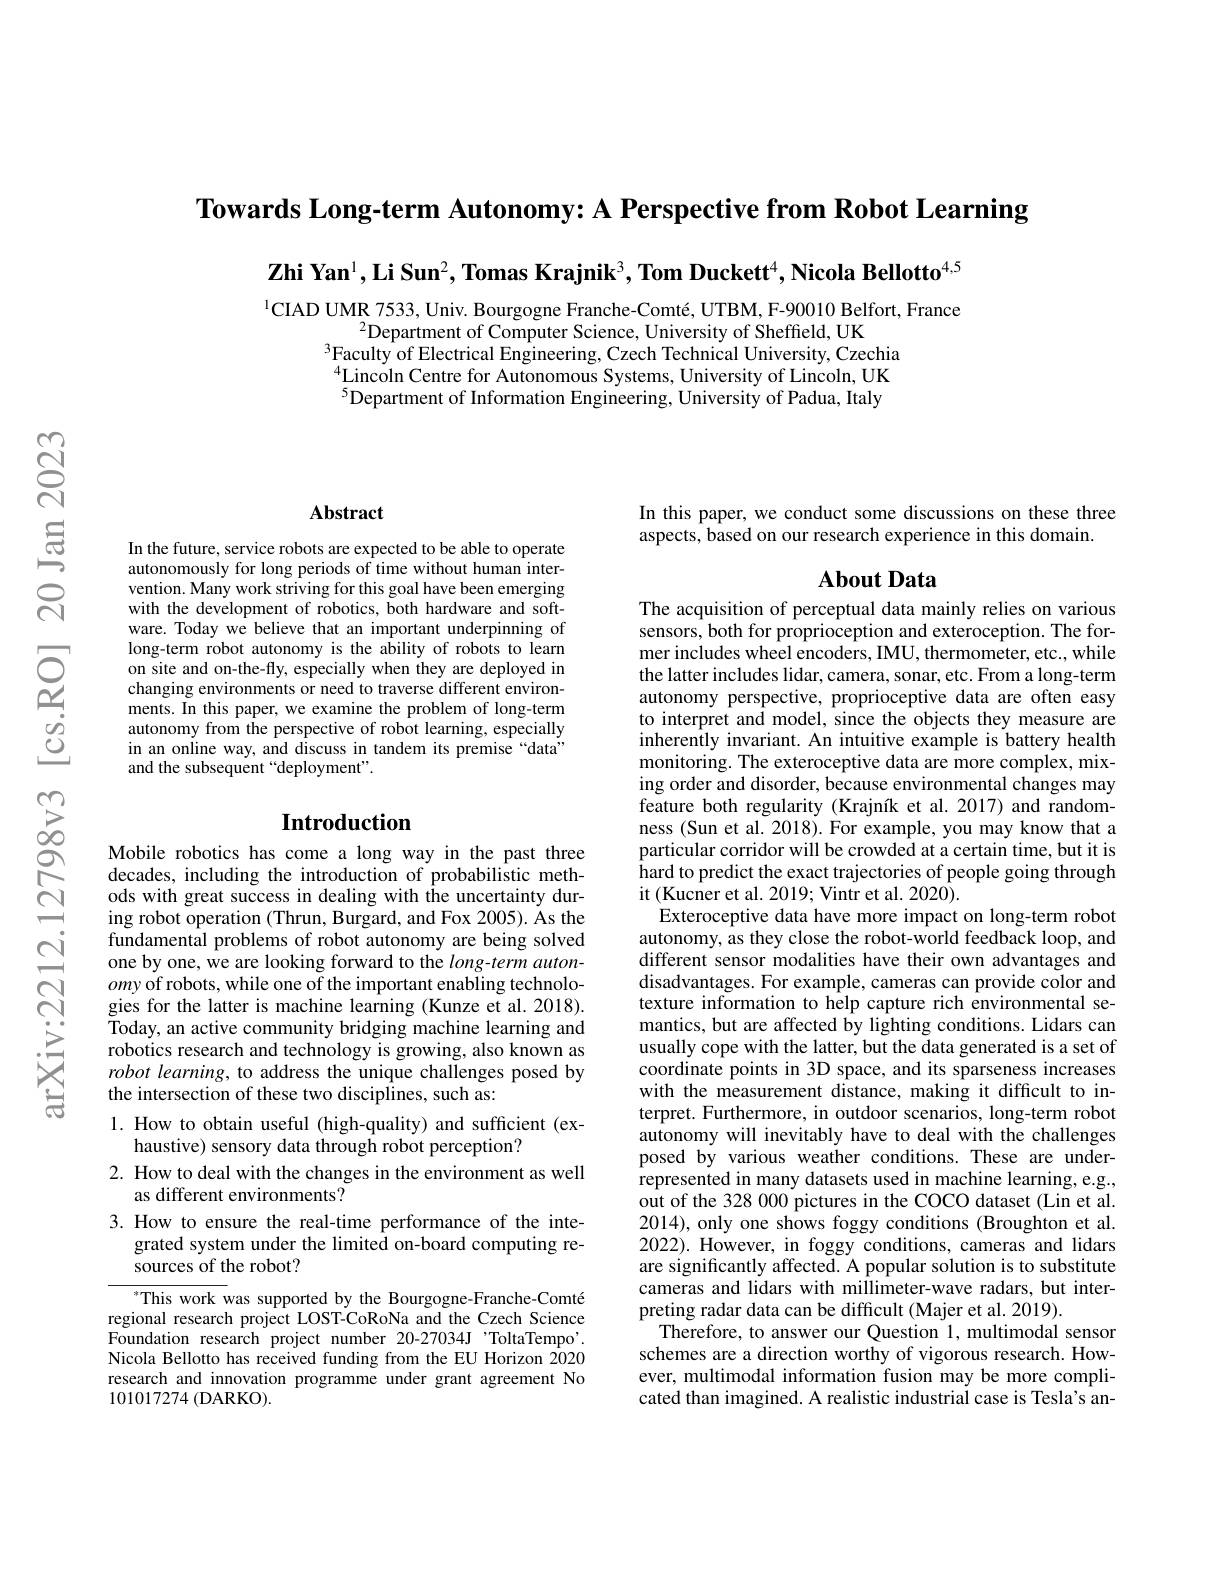
$\textbf{Towards Long- term Autonomy: A Perspective from Robot Learning}$

Zhi Yan$^1$,Li Sun$^2,\textbf{Tomas Krajnik}^3,\textbf{Tom Duckett}^4,\textbf{Nicola Bellotto}^{4,5}$

$^{1}$CIAD UMR 7533, Univ. Bourgogne Franche-Comté, UTBM, F-90010 Belfort, France
$^{2}$Department of Computer Science, University of Sheffeld, UK
$^{3}$Faculty of Electrical Engineering, Czech Technical University, Czechia $^{4}$Lincoln Centre for Autonomous Systems, University of Lincoln, UK $^{5}$Department of Information Engineering, University of Padua, Italy

### $\mathbf{Abstract}$

In the future, service robots are expected to be able to operate autonomously for long periods of time without human intervention. Many work striving for this goal have been emerging with the development of robotics, both hardware and software. Today we believe that an important underpinning of long-term robot autonomy is the ability of robots to learn on site and on-the-fly, especially when they are deployed in changing environments or need to traverse different environments. In this paper, we examine the problem of long-term autonomy from the perspective of robot learning, especially in an online way, and discuss in tandem its premise “data” and the subsequent “deployment".

## Introduction

Mobile robotics has come a long way in the past three decades, including the introduction of probabilistic methods with great success in dealing with the uncertainty during robot operation (Thrun, Burgard, and Fox 2005). As the fundamental problems of robot autonomy are being solved one by one, we are looking forward to the $long-term$ autonomy of robots, while one of the important enabling technologies for the latter is machine learning (Kunze et al. 2018). Today, an active community bridging machine learning and robotics research and technology is growing, also known as robot learning, to address the unique challenges posed by the intersection of these two disciplines, such as:

### 1. How to obtain useful (high-quality) and sufficient (exhaustive) sensory data through robot perception? 2. How to deal with the changes in the environment as well as different environments?

3. How to ensure the real-time performance of the inte-
grated system under the limited on-board computing re-
sources of the robot?

$^*$This work was supported by the Bourgogne-Franche-Comté regional research project LOST-CoRoNa and the Czech Science Foundation research project number 20-27034J 'ToltaTempo'. Nicola Bellotto has received funding from the EU Horizon 2020 research and innovation programme under grant agreement No 101017274 (DARKO).

In this paper, we conduct some discussions on these three
aspects, based on our research experience in this domain.

## $\mathbf{About~Data}$

The acquisition of perceptual data mainly relies on various sensors, both for proprioception and exteroception. The former includes wheel encoders, IMU, thermometer, etc., while the latter includes lidar, camera, sonar, etc. From a long-term autonomy perspective, proprioceptive data are often easy to interpret and model, since the objects they measure are inherently invariant. An intuitive example is battery health monitoring. The exteroceptive data are more complex, mixing order and disorder, because environmental changes may feature both regularity (Krajník et al.2017) and randomness (Sun et al.2018).For example, you may know that a particular corridor will be crowded at a certain time, but it is hard to predict the exact trajectories of people going through it (Kucner et al. 2019; Vintr et al. 2020).
Exteroceptive data have more impact on long-term robot autonomy, as they close the robot-world feedback loop, and different sensor modalities have their own advantages and disadvantages. For example, cameras can provide color and texture information to help capture rich environmental semantics, but are affected by lighting conditions. Lidars can usually cope with the latter, but the data generated is a set of coordinate points in 3D space, and its sparseness increases with the measurement distance, making it difficult to interpret. Furthermore, in outdoor scenarios, long-term robot autonomy will inevitably have to deal with the challenges posed by various weather conditions. These are underrepresented in many datasets used in machine learning, e.g., out of the 328 000 pictures in the COCO dataset (Lin et al. 2014), only one shows foggy conditions (Broughton et al. 2022). However, in foggy conditions, cameras and lidars are significantly affected. A popular solution is to substitute cameras and lidars with millimeter-wave radars, but interpreting radar data can be difficult (Majer et al. 2019).
Therefore, to answer our Question 1, multimodal sensor schemes are a direction worthy of vigorous research. However, multimodal information fusion may be more complicated than imagined. A realistic industrial case is Tesla's an-